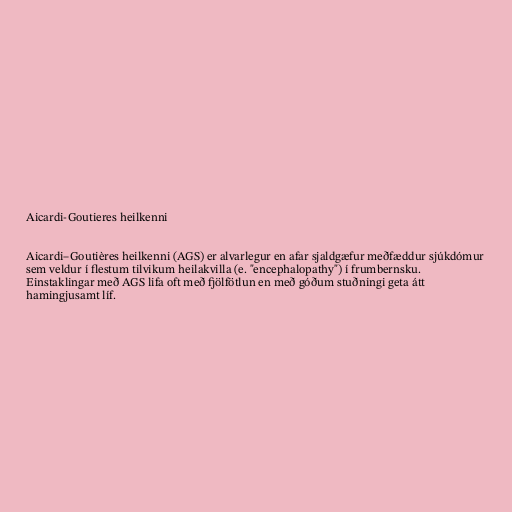
Aicardi-Goutieres heilkenni

Aicardi–Goutières heilkenni (AGS) er alvarlegur en afar sjaldgæfur meðfæddur sjúkdómur
sem veldur í flestum tilvikum heilakvilla (e. "encephalopathy") í frumbernsku.
Einstaklingar með AGS lifa oft með fjölfötlun en með góðum stuðningi geta átt
hamingjusamt líf.